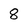
Character: 8